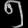
Digit: ၅